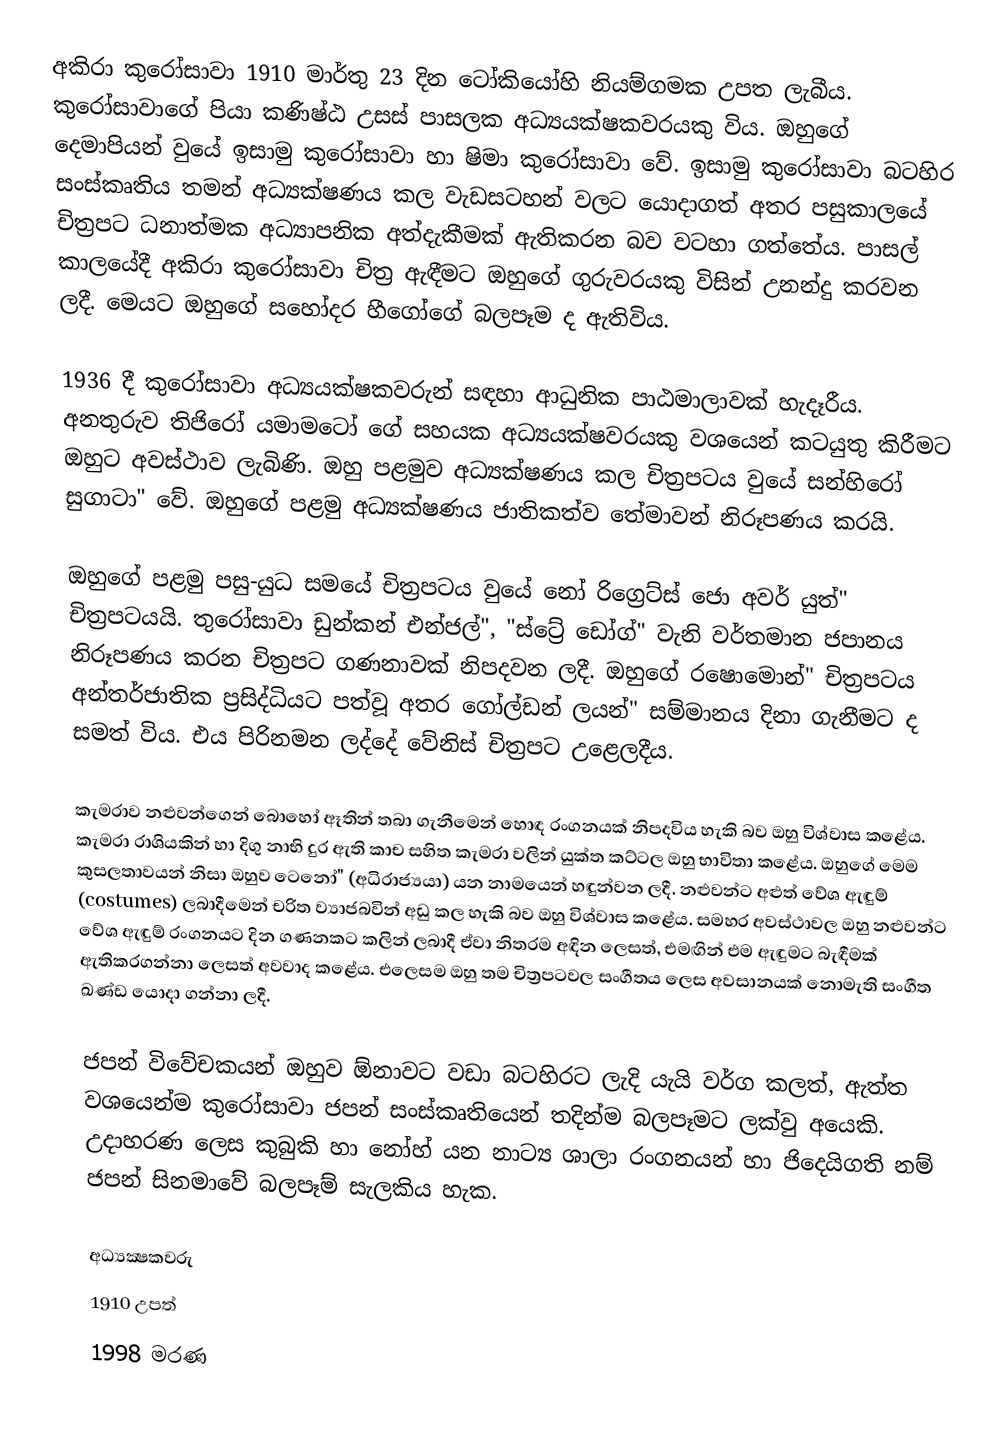
අකිරා කුරෝසාවා 1910 මාර්තු 23 දින ටෝකියෝහි නියම්ගමක උපත ලැබීය. කුරෝසාවාගේ පියා කණිෂ්ඨ උසස් පාසලක අධ්‍යයක්ෂකවරයකු විය. ඔහුගේ දෙමාපියන් වුයේ ඉසාමු කුරෝසාවා හා ෂිමා කුරෝසාවා වේ. ඉසාමු කුරෝසාවා බටහිර සංස්කෘතිය තමන් අධ්‍යක්ෂණය කල වැඩසටහන් වලට යොදාගත් අතර පසුකාලයේ චිත්‍රපට ධනාත්මක අධ්‍යාපනික අත්දැකීමක් ඇතිකරන බව වටහා ගත්තේය. පාසල් කාලයේදී අකිරා කුරෝසාවා චිත්‍ර ඇඳීමට ඔහුගේ ගුරුවරයකු විසින් උනන්දු කරවන ලදී. මෙයට ඔහුගේ සහෝදර හීගෝගේ බලපෑම ද ඇතිවිය.

1936 දී කුරෝසාවා අධ්‍යයක්ෂකවරුන් සඳහා ආධුනික පාඨමාලාවක් හැදෑරීය. අනතුරුව තිජිරෝ යමාමටෝ ගේ සහයක අධ්‍යයක්ෂවරයකු වශයෙන් කටයුතු කිරීමට ඔහුට අවස්ථාව ලැබිණි. ඔහු පළමුව අධ්‍යක්ෂණය කල චිත්‍රපටය වුයේ සන්හිරෝ සුගාටා" වේ. ඔහුගේ පළමු අධ්‍යක්ෂණය ජාතිකත්ව තේමාවන් නිරූපණය කරයි.

ඔහුගේ පළමු පසු-යුධ සමයේ චිත්‍රපටය වුයේ නෝ රිග්‍රෙට්ස් ජො අවර් යුත්" චිත්‍රපට‍යයි. තුරෝසාවා ඩුන්කන් එන්ජල්", "ස්ට්‍රේ ඩෝග්" වැනි වර්තමාන ජපානය නිරූපණය කරන චිත්‍රපට ගණනාවක් නිපදවන ලදී. ඔහුගේ රෂොමොන්" චිත්‍රපටය අන්තර්ජාතික ප්‍රසිද්ධියට පත්වූ අතර ගෝල්ඩන් ලයන්" සම්මානය දිනා ගැනීමට ද සමත් විය. එය පිරිනමන ලද්දේ වේනිස් චිත්‍රපට උළෙලදීය.

කැමරාව නළුවන්ගෙන් බොහෝ ඈතින් තබා ගැනීමෙන් හොඳ රංගනයක් නිපදවිය හැකි බව ඔහු විශ්වාස කළේය. කැමරා රාශියකින් හා දිගු නාභි දුර ඇති කාච සහිත කැමරා වලින් යුක්ත කට්ටල ඔහු භාවිතා කළේය. ඔහුගේ මෙම කුසලතාවයන් නිසා ඔහුව ටෙනෝ" (අධිරාජ්‍යයා) යන නාමයෙන් හඳුන්වන ලදී. නළුවන්ට අළුත් වේශ ඇඳුම් (costumes) ලබාදීමෙන් චරිත ව්‍යාජබවින් අඩු කල හැකි බව ඔහු විශ්වාස කළේය. සමහර අවස්ථාවල ඔහු නළුවන්ට වේශ ඇඳුම් රංගනයට දින ගණනකට කලින් ලබාදී ඒවා නිතරම අඳින ලෙසත්, එමඟින් එම ඇඳුමට බැඳීමක් ඇතිකරගන්නා ලෙසත් අවවාද කළේය. එලෙසම ඔහු තම චිත්‍රපටවල සංගීතය ලෙස අවසානයක් නොමැති සංගීත ඛණ්ඩ යොදා ගන්නා ලදී.

ජපන් විවේචකයන් ඔහුව ඕනාවට වඩා බටහිරට ලැදි යැයි වර්ග කලත්, ඇත්ත වශයෙන්ම කුරෝසාවා ජපන් සංස්කෘතියෙන් තදින්ම බලපෑමට ලක්වු අයෙකි. උදාහරණ ලෙස කුබුකි හා නෝහ් යන නාට්‍ය ශාලා රංගනයන් හා ජිදෙයිගති නම් ජපන් සිනමාවේ බලපෑම් සැලකිය හැක.

අධ්‍යක්‍ෂකවරු
1910 උපත්
1998 මරණ